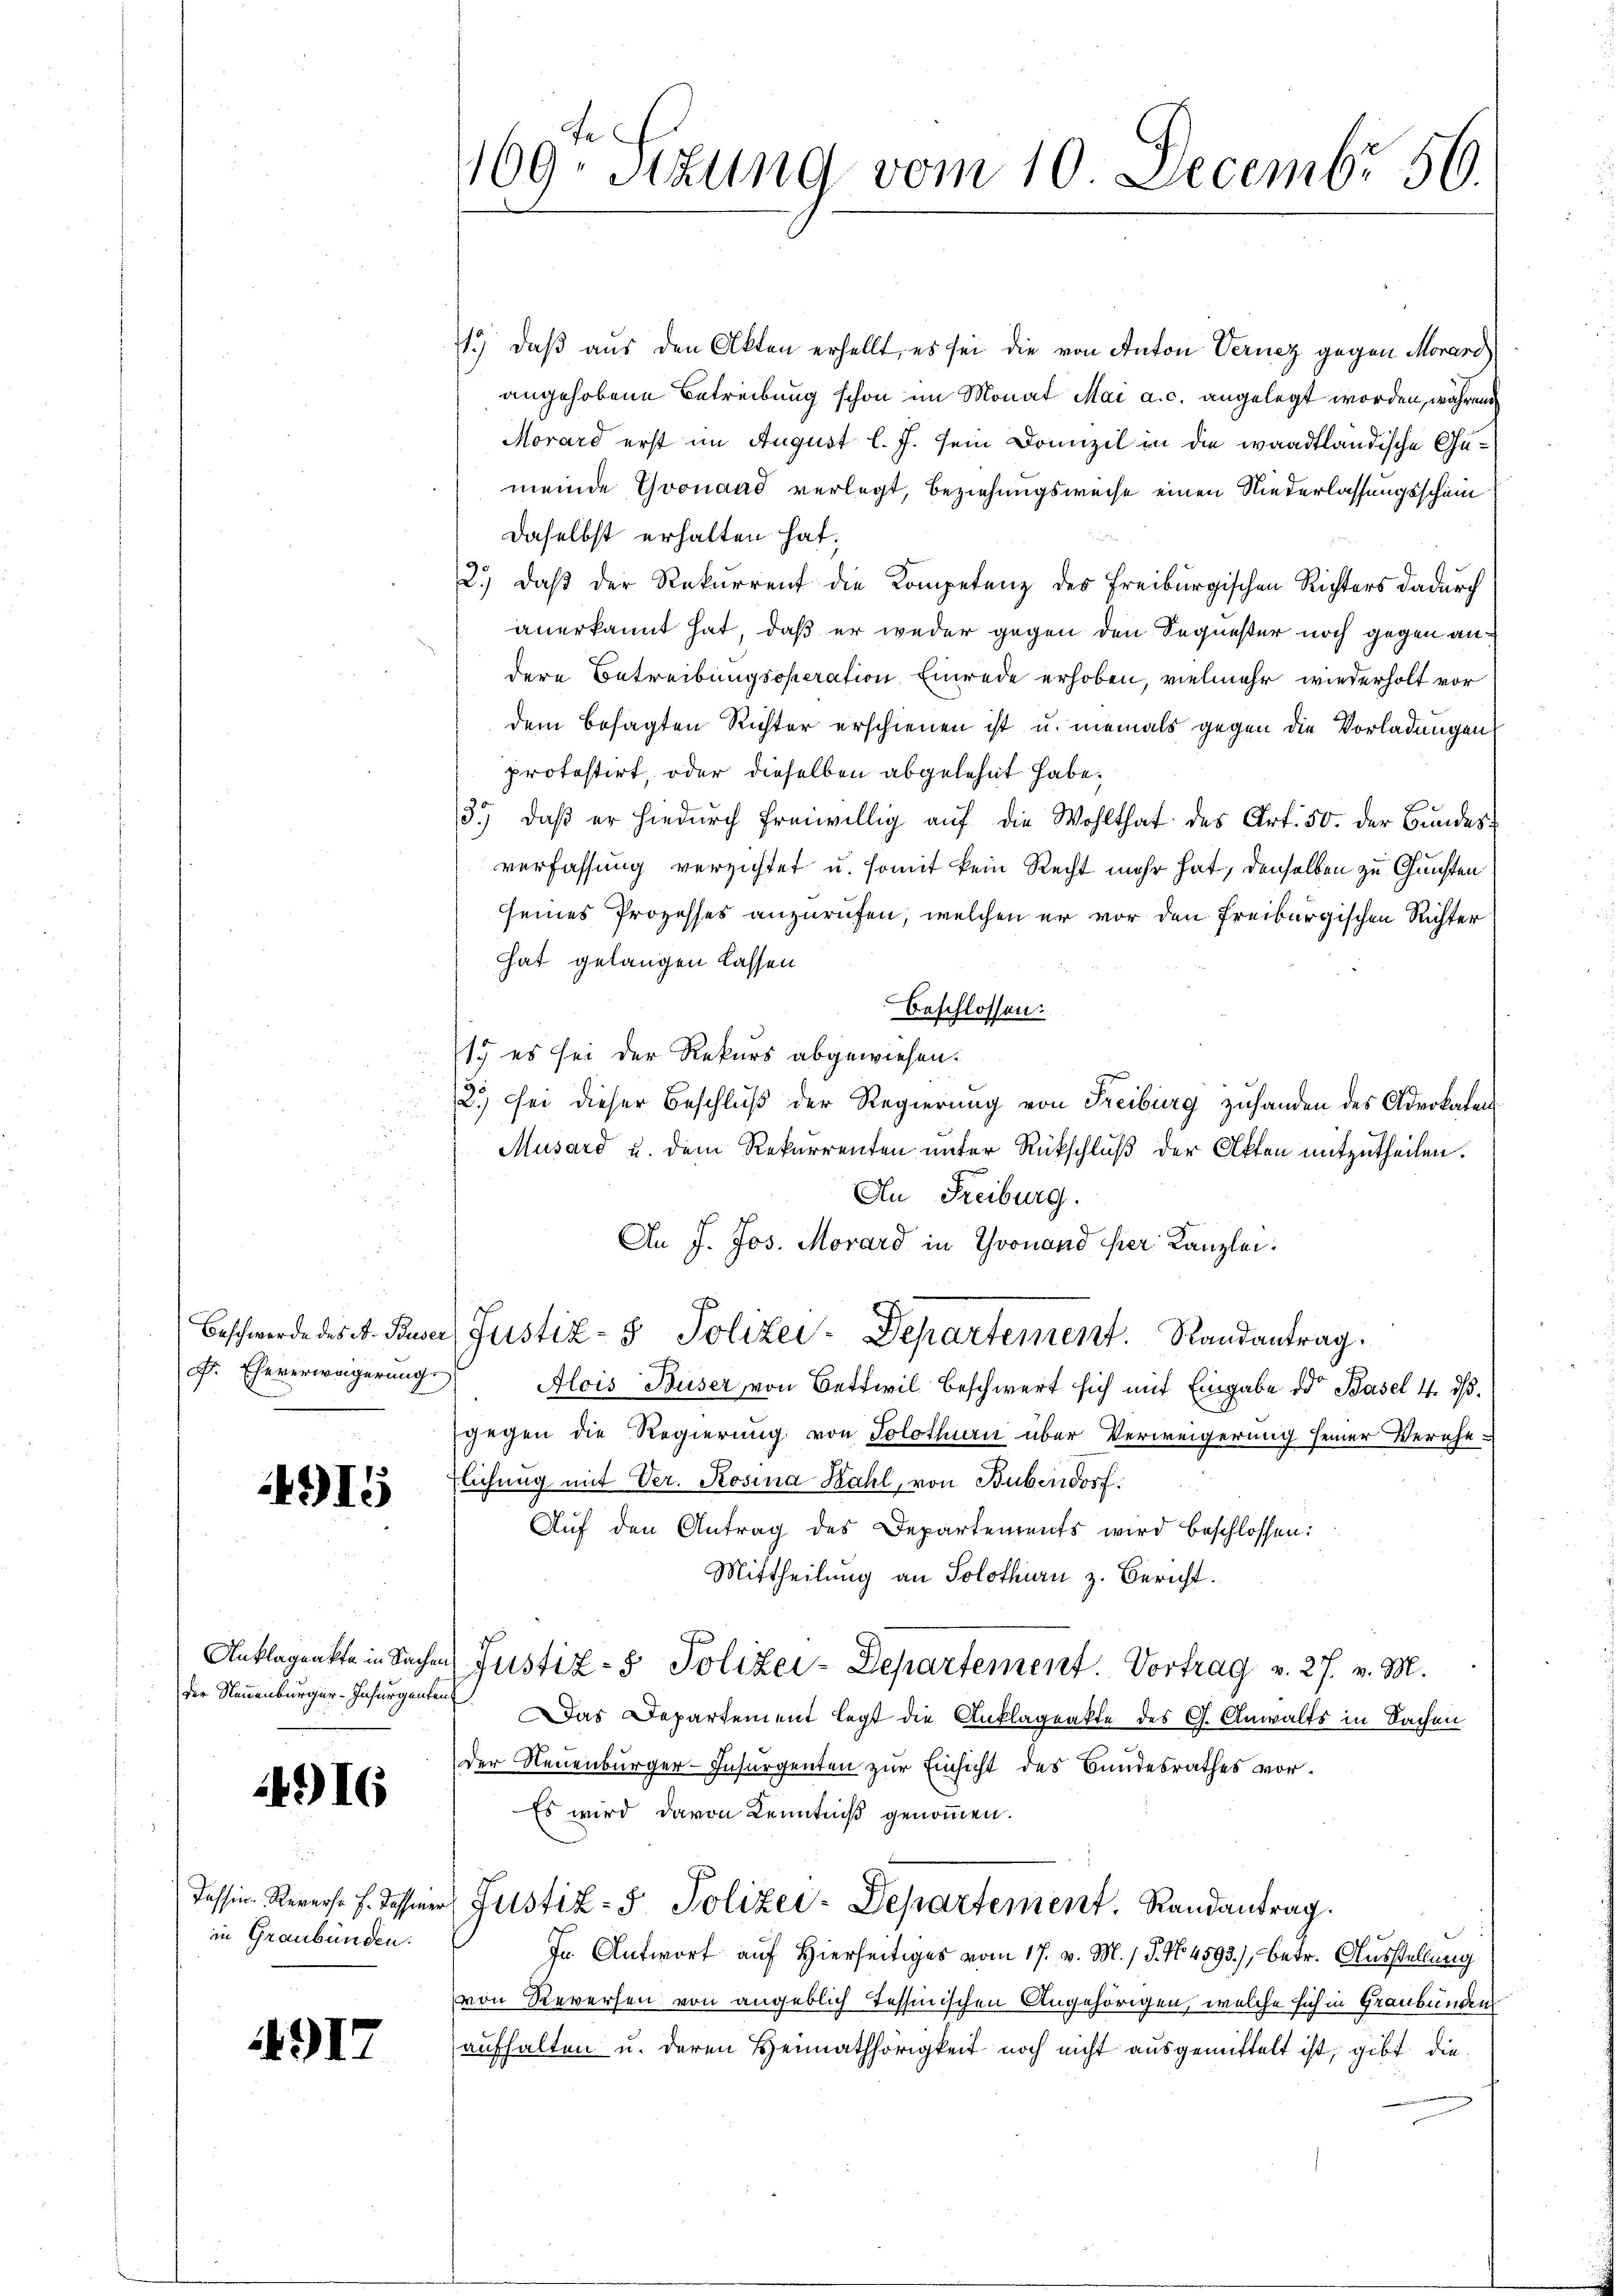
F. Eheverweigerung

491

der Neuenburger-Insurgenten

4916

in Graubünden.

917

11.) daß aus den Akten erhellt, es sei die von Anton Vernez gegen Morard
angehobene Betreibung schon im Monat Mai a. c. angelegt worden, währen
Morard erst im August l. J. sein Domizil in die waadtländische Gümeinde Gronand verlegt, beziehungsweise einen Niederlassungsscheindaselbst erhalten hat.
2.) daß der Rekurrent die Kompetenz des Freiburgischen Richters dadurch
anerkannt hat, daß er weder gegen den Sequester noch gegen andere Betreibungsoperation Einrede erhoben, vielmehr wiederholt vor
dem besagten Richter erschienen ist u. niemals gegen die Vorladungen
protestirt, oder dieselben abgelehnt habe.
3.) daß er hiedurch freiwillig auf die Wohlthat des Art. 50. der Bundesverfassung verzichtet u. somit kein Recht mehr hat, denselben zu Gunsten
seines Prozesses anzurufen, welchen er vor den Freiburgischen Richter
hat gelangen lassen
Beschlossen:
15 es sei der Rekurs abgewiesen.
2.) Sei dieser Beschluß der Regierung von Freiburg zuhanden des Advokaten
Musard u. dem Rekurrenten unter Rückschluß der Akten mitzutheilen.
An Freiburg.
An J. Jos. Morard in Gronand per Kanzlei:
Beschwerde des A. Buser Justiz- & Polizei-Departement. Randantrag.
Alois Buser, von Bettwil beschwert sich mit Eingabe der Basel 4. ds.
gegen die Regierung von Solothurn über Verweigerung seiner Verehe-
lichung mit Ver. Rosina Kahl, von Bubendorf:
Auf den Antrag des Departements wird beschlossen:
Mittheilung an Solothurn z. Bericht.
Anklageakte in Sachen Justiz- & Polizei-Departement. Vortrag v. 27. v. M.
Das Departement legt die Anklageakte des G. Anwalts in Sachen
der Neuenburger-Insurgenten zur Einsicht des Bundesrathes vor¬
Es wird davon Kenntniß genommen.
Tessin Reverse s. dassener Justiz- & Polizei-Departement. Randantrag.
In Antwort auf Hierseitiges vom 17. v. M. / 5. No. 4593), betr. Ausstellung
von Reversen von angeblich Tessinischen Angehörigen, welche sich in Graubündens
aufhalten u. deren Heimathörigkeit noch nicht ausgemittelt ist, gibt die

169te Sitzung vom 10. Decembr 56.